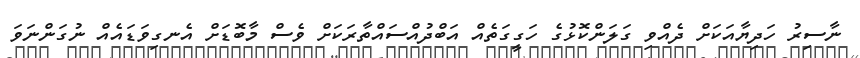
ނާސިރު ހަދިޔާއަކަށް ދެއްވި ގަލަންކޮޅުގެ ހަގީގަތެއް އަބްދުއްސައްތާރަކަށް ވެސް މާބޮޑަށް އެނގިވަޑައެއް ނުގަންނަވަ